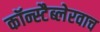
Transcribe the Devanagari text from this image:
कॉन्स्टैब्लेरवाच